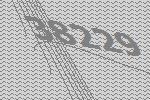
38229